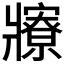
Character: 𤖡